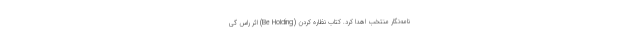
نامه‌نگار منتخب اهدا کرد. کتاب نظاره کردن (Be Holding) اثر راس گی